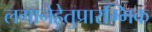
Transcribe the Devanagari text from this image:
लगानेहेतुप्रारम्भिक